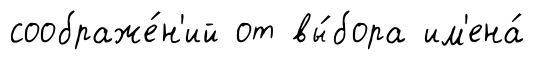
соображе́н'ий от вы́бора им'ена́